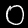
Digit: 0